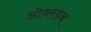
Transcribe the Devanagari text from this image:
ओवरडब